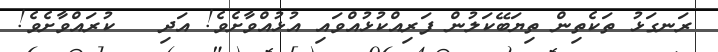
ރަނގަޅު ތަކެތިން ތިޔަބޭކަލުން ފަރިއްކުޅުއްވައި އުޅުއްވާށެވެ! އަދި   ކުރައްވާށެވެ!